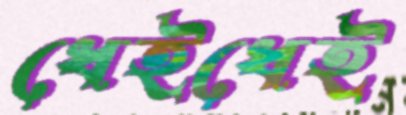
ধেইধেই